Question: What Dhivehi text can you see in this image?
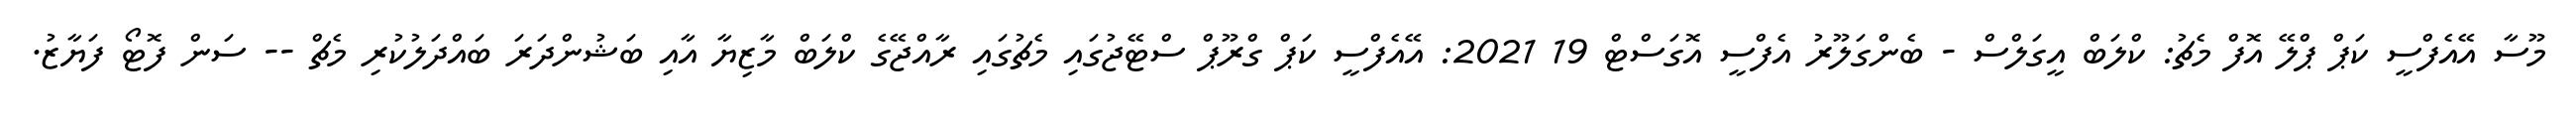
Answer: މޫސާ އޭއެފްސީ ކަޕް ޕްލޭ އޮފް މެޗު: ކްލަބް އީގަލްސް - ބެންގަލޫރު އެފްސީ އޮގަސްޓް 19 2021: އޭއެފްސީ ކަޕް ގްރޫޕް ސްޓޭޖުގައި މެޗުގައި ރާއްޖޭގެ ކްލަބް މާޒިޔާ އާއި ބަޝުންދަރަ ބައްދަލުކުރި މެޗް -- ސަން ފޮޓޯ ފަޔާޒު.